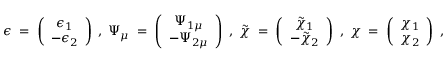
\epsilon \; = \; \left( \begin{array} { c } { { \epsilon _ { 1 } } } \\ { { - \epsilon _ { 2 } } } \end{array} \right) \; , \; \Psi _ { \mu } \; = \; \left( \begin{array} { c } { { \Psi _ { 1 \mu } } } \\ { { - \Psi _ { 2 \mu } } } \end{array} \right) \; , \; \tilde { \chi } \; = \; \left( \begin{array} { c } { { \tilde { \chi } _ { 1 } } } \\ { { - \tilde { \chi } _ { 2 } } } \end{array} \right) \; , \; \chi \; = \; \left( \begin{array} { c } { { \chi _ { 1 } } } \\ { { \chi _ { 2 } } } \end{array} \right) \; ,